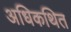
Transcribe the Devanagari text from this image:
अधिकथित